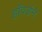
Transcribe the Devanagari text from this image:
हॉवर्डने